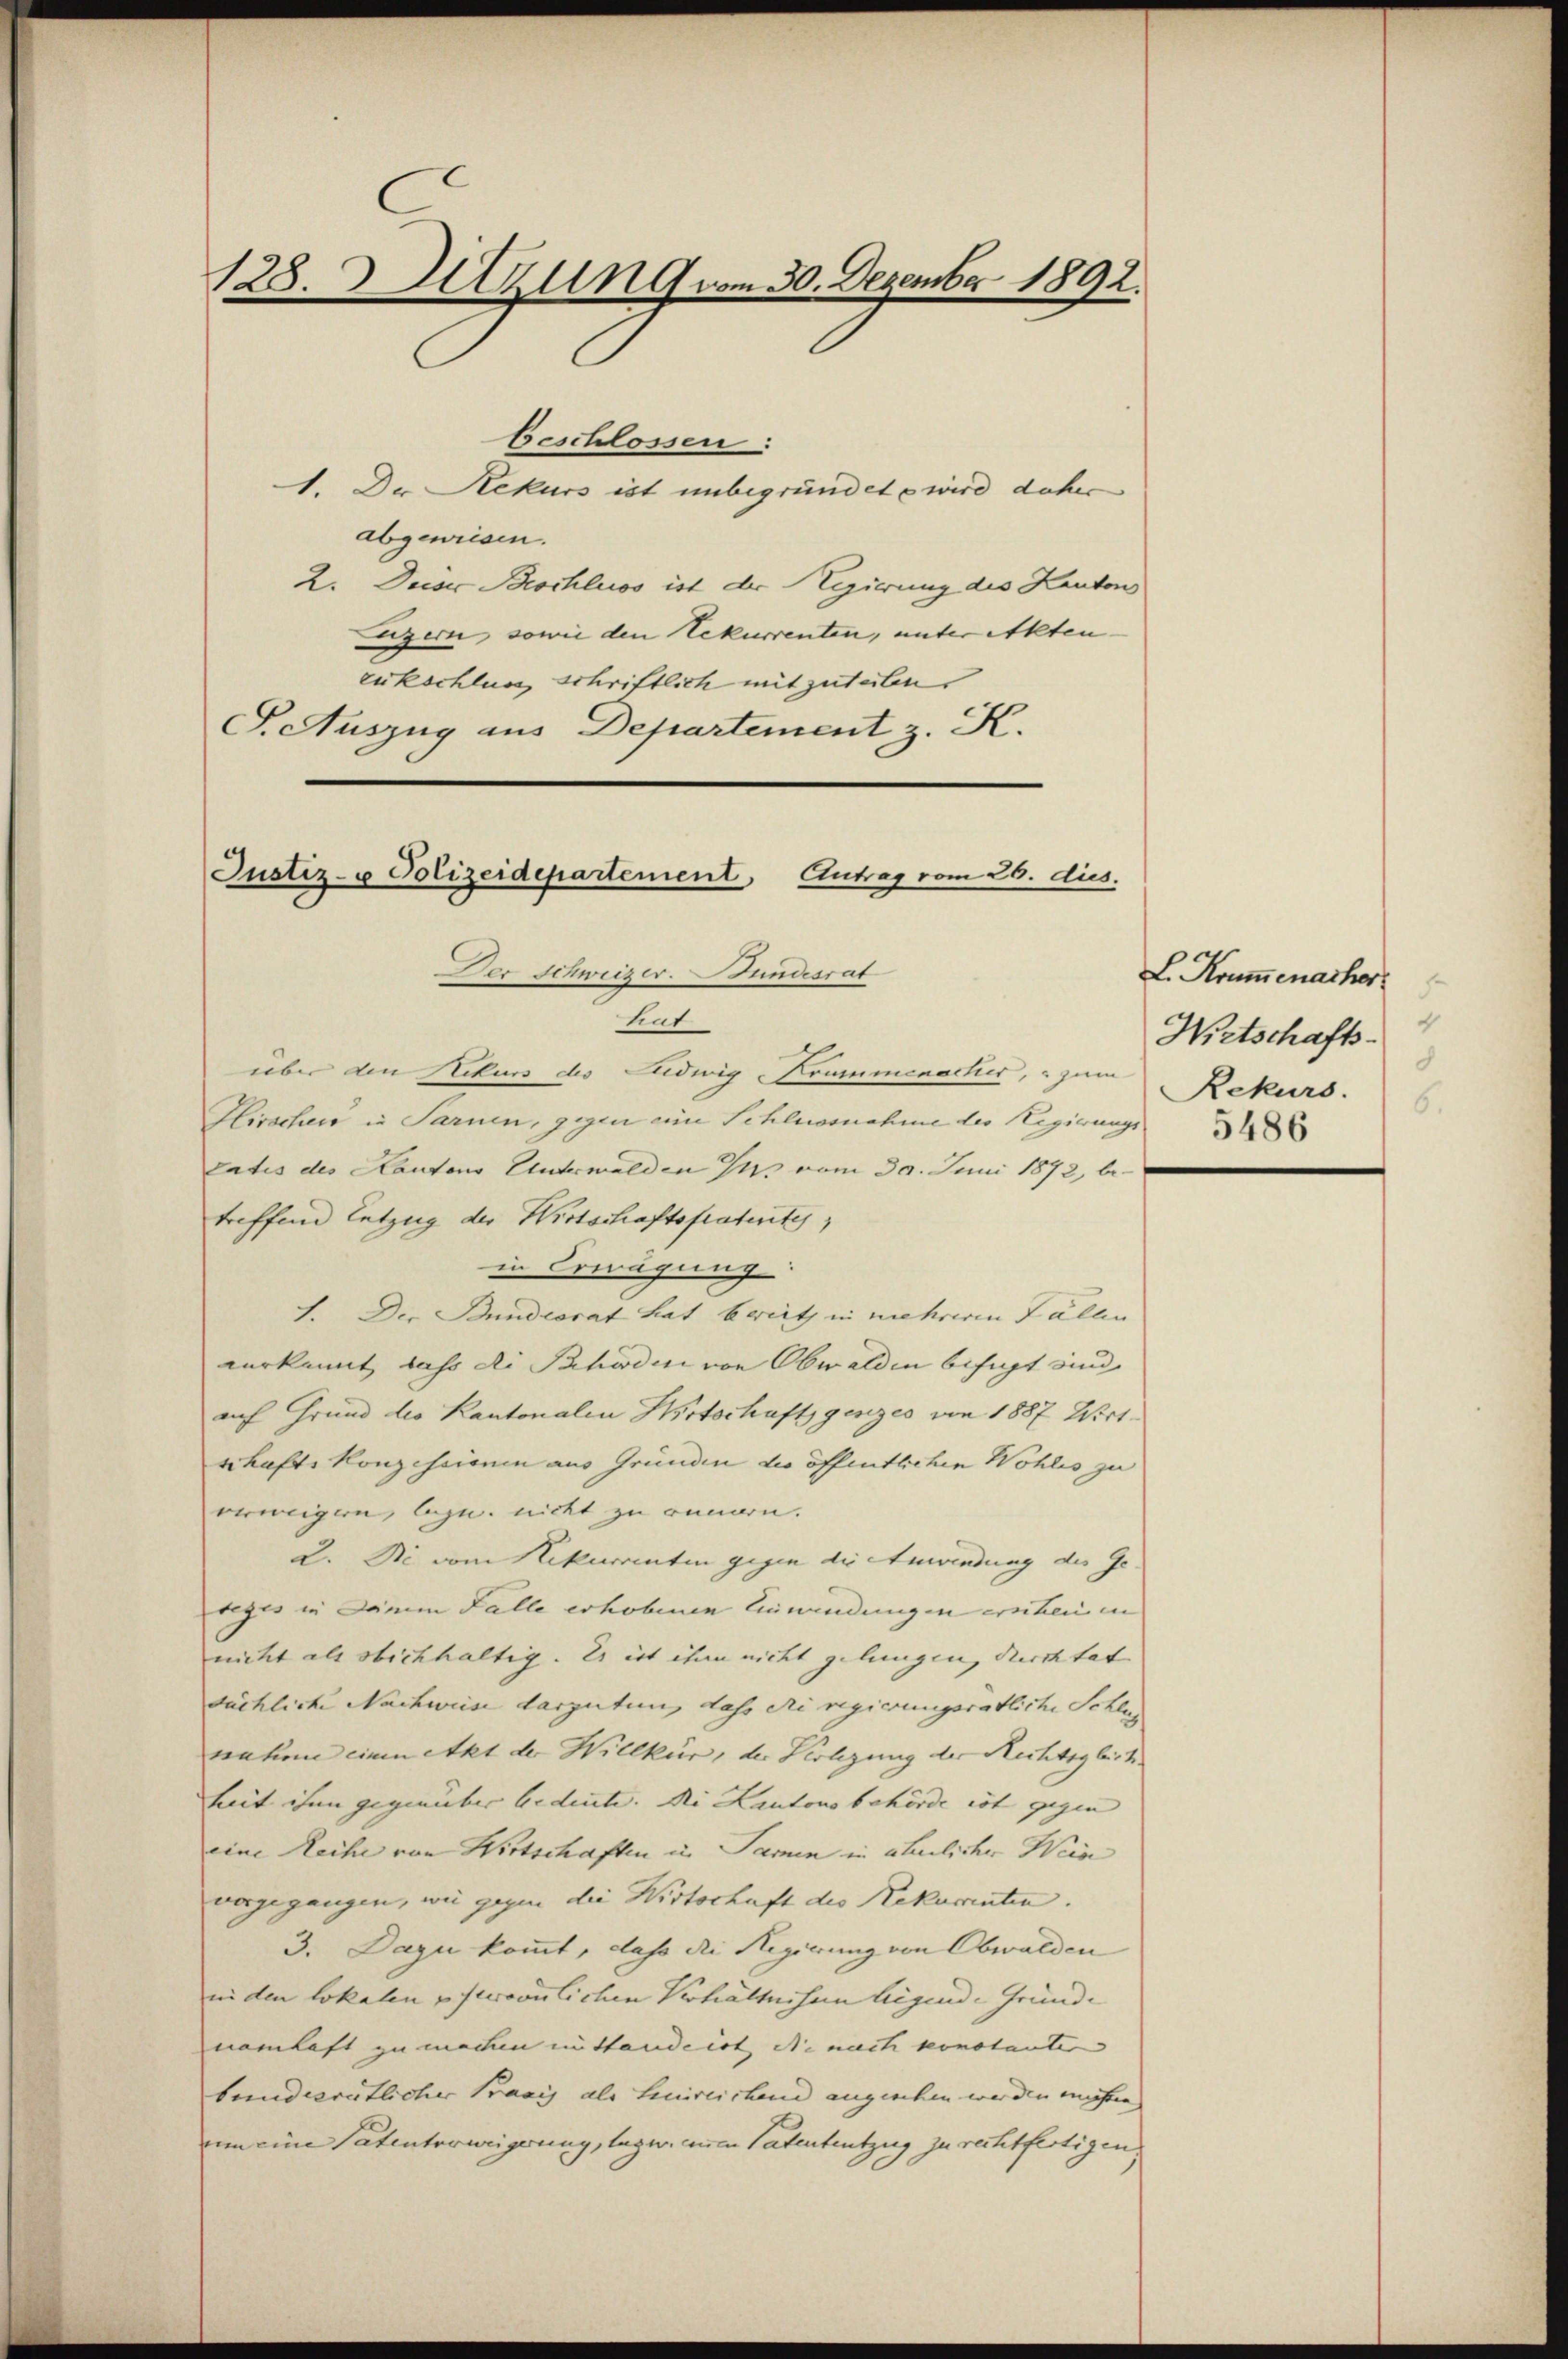
128. Sitzung vom 30. Dezember 1892.

beschlossen:
1. Da Rekurs ist unbegründete wird daher
abgewiesen.
2. Deiser Beschluss ist der Regierung des Kanton
Egern, sowie den Rekurrenten, unter Akten- |
zukschlung schriftlich mitzutaben.
S. Auszug aus Departement z. K.

Justiz- u Polizeidepartement, Eutrag vom 20. dies.
Der Schweizer. Bundesrat
tut

über den Rekurs des Ludwig Trummenactis, zum
Hirschen in Sarnen, gegen eine Schlussnahme der Regierungs
tatis des Kantons Unterwalden Jus vom 30. Juni 1872, betreffend Entzug der Wirtschaftspatentes,
in Erwägung:
1. Der Bundesrat hat berieth in mehreren Fällen
verkannt, dass die Schaden von Obwalden befugt und
auf Grund des Kantonalen Hitschaft genzes von 1887 Wirtschaft. Konzessionen aus Gründen die öffentlichen Wohles zu
verweigen, bezw. nicht zu innern.
2. Die vom Rekurrenten gegen die Anwendung des Ge-
teges in Deinem Falle erhobenen Einwendungen ernten in
nicht als stichhaltig. Es ist ihm nicht gelungen, durch tat |
sächliche Nachweise darzutun, dass di regierungsrätliche Schlu
nahme einen Akt der Willkür, der Verlegung der Rechtsgleich
heit ihn gegenüber bedeute. Die Kantonsbehörde ist gegen
eine Reihe von Wirtschaften in Paren in ähnlicher Wein
vorgegangen, wie gegen die Wirtschaft des Rekurrenten.
3. Dazu kommt, dass die Regierung von Obwalden
in den lokalen persönlichen Verhältnissen liegende Gründe
namhaft zu machen mittandeist die nach konstanter
bundesrätlicher Praxis als Linireichend angeschen werden mühen
vum eine Patenterweigerung, lagen einen Patententzug zu rechtfertigen.

L. Kommenacher
4
Nietschafts-
8
Rekurs.
6